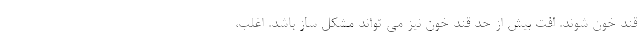
قند خون شوند. افت بیش از حد قند خون نیز می تواند مشکل ساز باشد. اغلب،